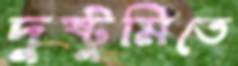
দুষ্টুমিতে